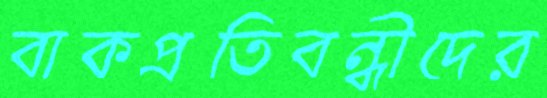
বাকপ্রতিবন্ধীদের